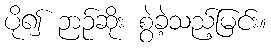
ပို၍ ဉာဉ်ဆိုး စွဲခဲ့သည့်မြင်း။